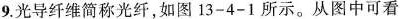
9.光导纤维简称光纤，如图13-4-1所示。从图中可看